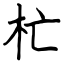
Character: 杧